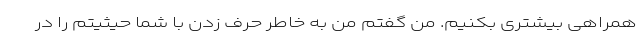
همراهی بیشتری بکنیم. من گفتم من به خاطر حرف زدن با شما حیثیتم را در